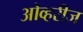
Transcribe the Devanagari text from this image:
ओव्हरीज